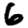
Digit: 6